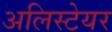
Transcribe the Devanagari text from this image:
अलिस्टेयर